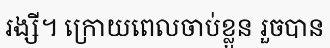
រង្សី។ ក្រោយពេលចាប់ខ្លួន រួចបាន